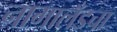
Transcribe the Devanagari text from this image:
नागालँडचा